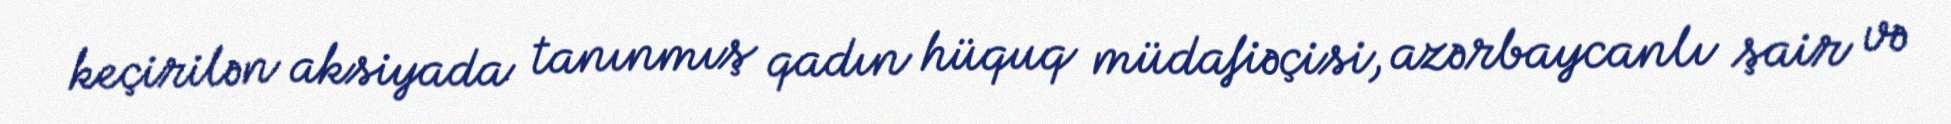
keçirilən aksiyada tanınmış qadın hüquq müdafiəçisi, azərbaycanlı şair və